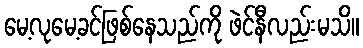
မေ့လုမေ့ခင်ဖြစ်နေသည်ကို ဖဲင်နီလည်းမသိ။